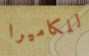
للكاميرا